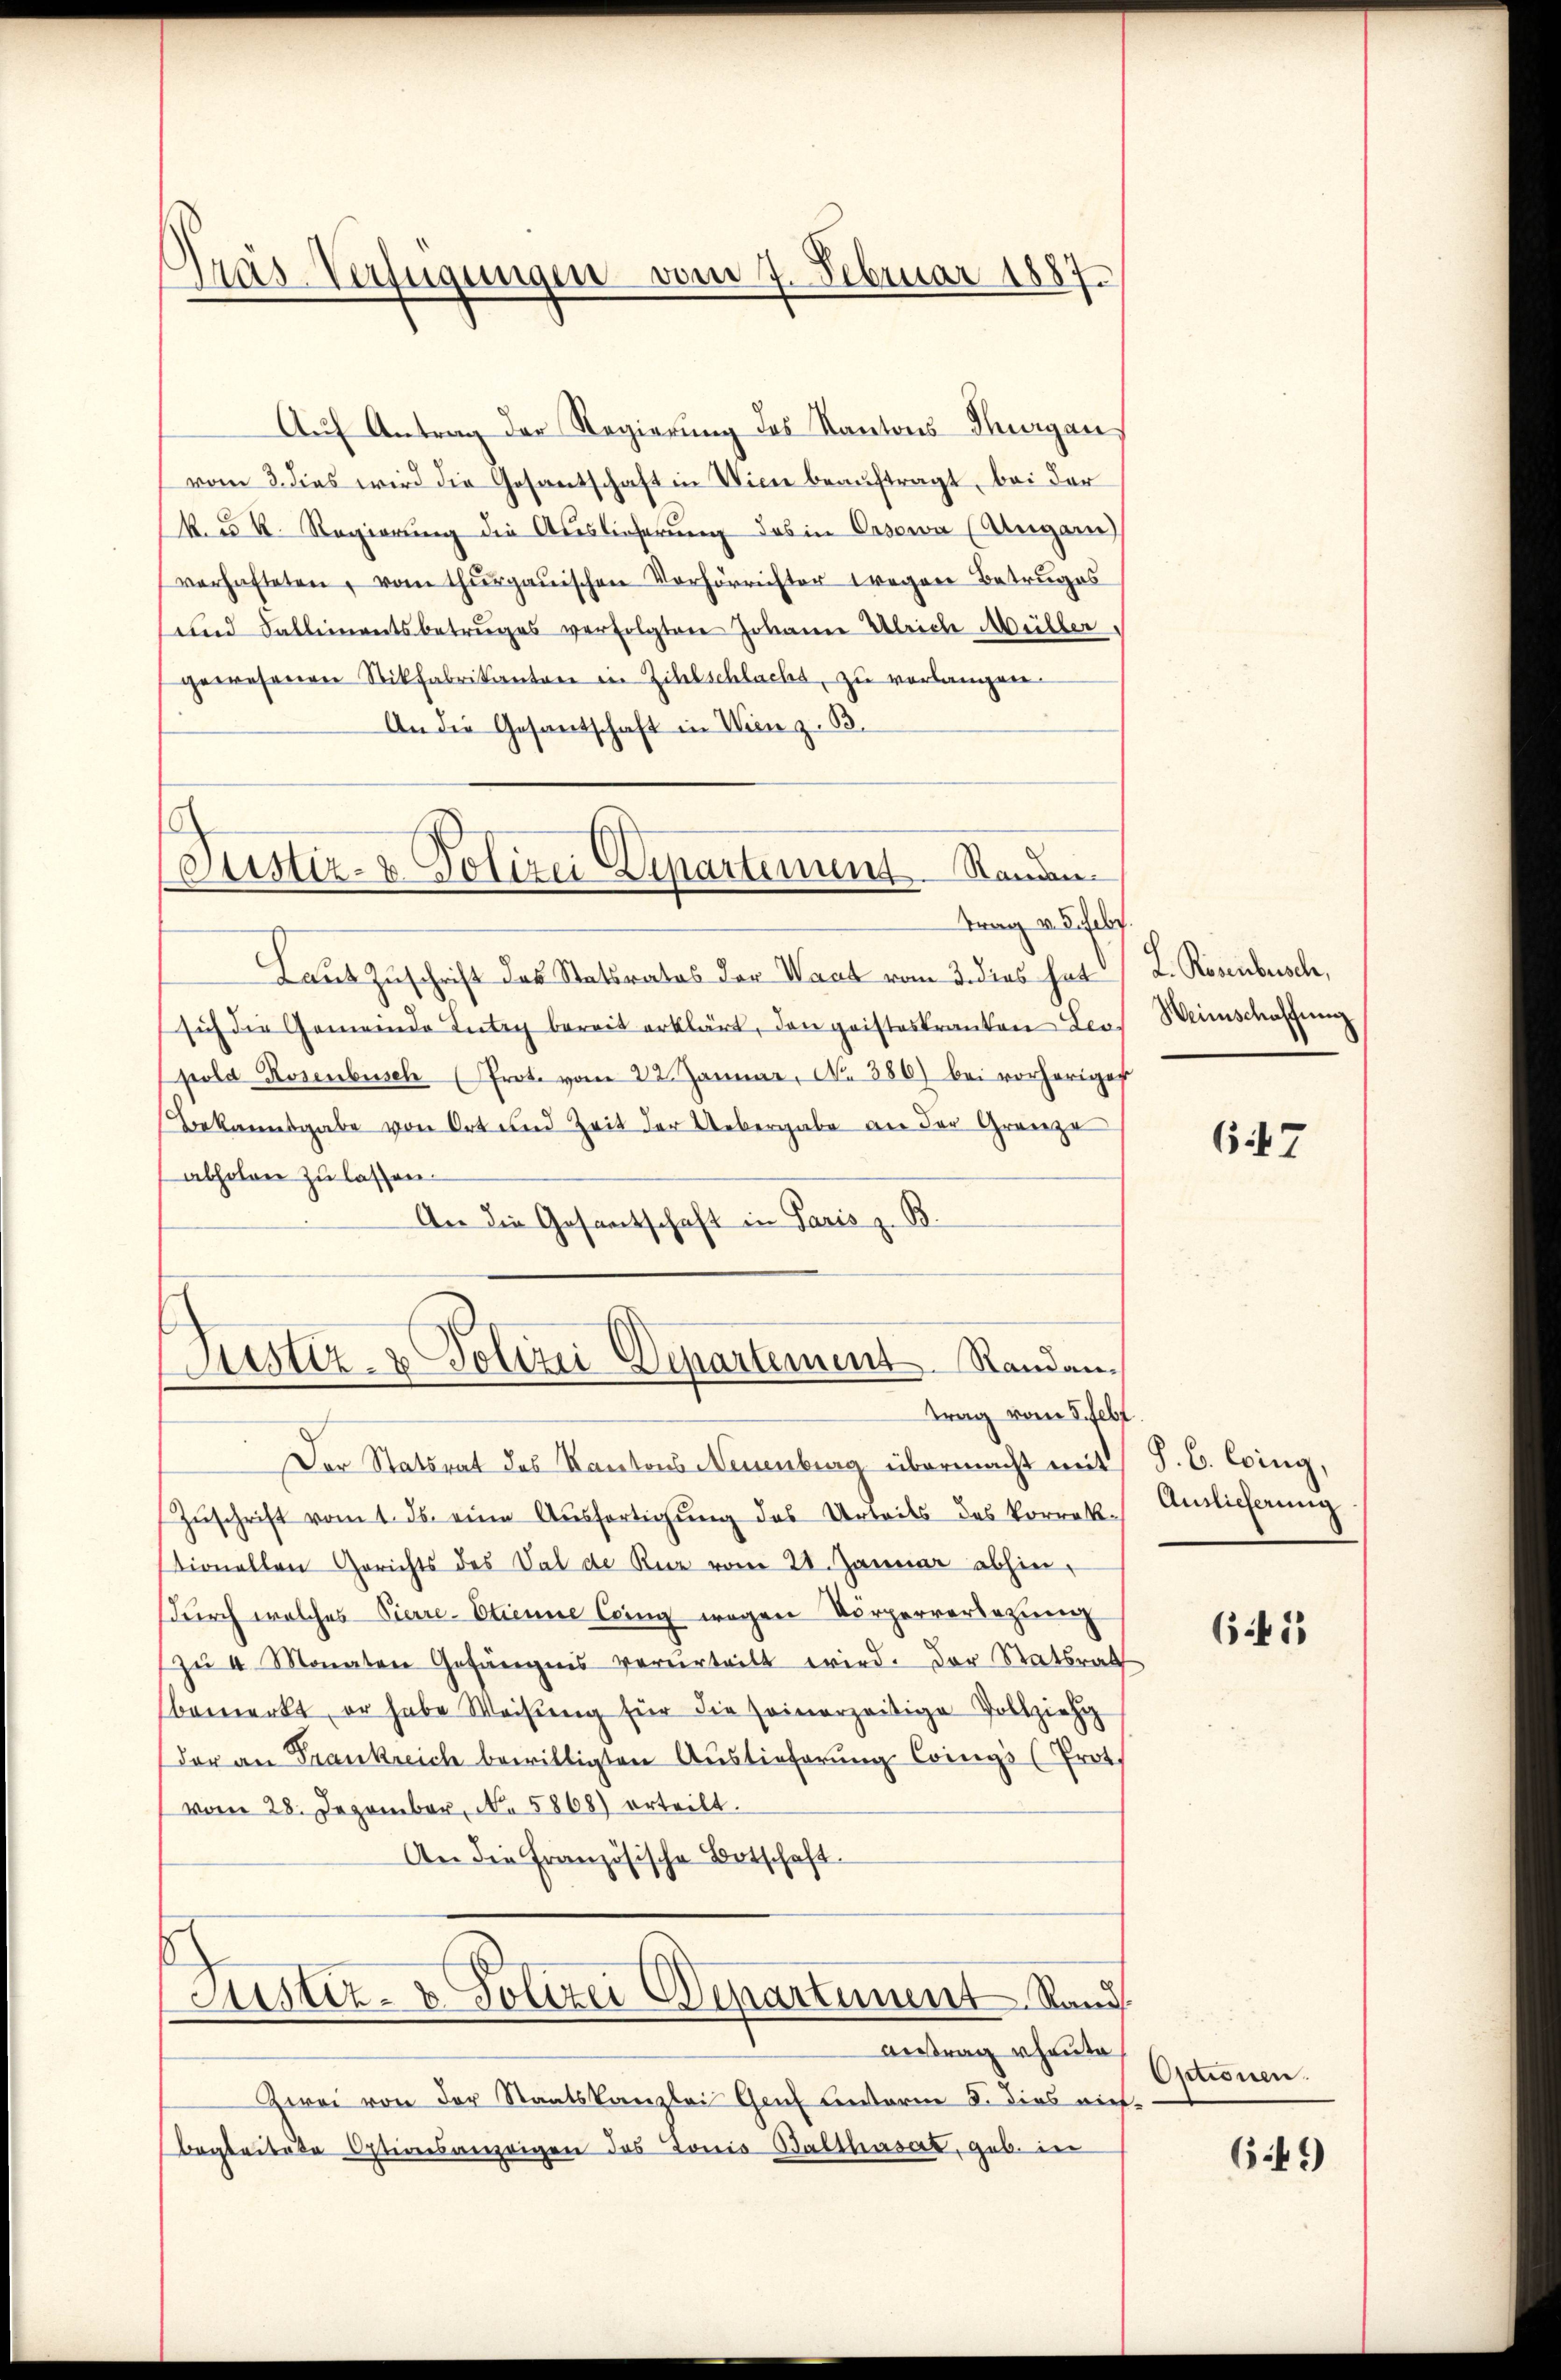
Präs-Verfügungen vom 7. Februar 1887

Auf Antrag der Regierung des Kantons Thurgau,
vom 3. dies wird die Gesantschaft in Wien beauftragt, bei der
kuk. Regierung die Auslieferung des in Cosowa (Augan
verhafteten, vom thurgauischen Verhörrichter wegen Betruges
und Fallimentsbetruges verfolgten Johann Ulrich Müller,
gewesenen Stikfabrikanton in Zihlschlachs, zu verlangen.
An die Gesandschaft in Wien z. B.

Justiz- & Polizei Departement Randen.
trag v. J. Febr.

Laut Zuschrift des Statsrates der Waat vom 3. dies hat
sich die Gemeinde Integ bereit erklärt, den geisteskranten Leopold Rosenbusch (Prote vom 22. Januar, No 386) bei vorheriger
Bekannsgabe von Ort und Zeit der Uebergabe an der Grenze
abholen zŭ lassen.
An die Gesantschaft in Paris z. B.

Justiz- & Polizei Departement. Randantrag vom 5. Febt

Der Statsrat des Kantons Neuenburg übermacht mit S. C. Coing,
Zŭschrift vom 1. ds. eine Aŭsfertigŭng des Urteils des korrek. Amtlicherung
tionellen Gerichts des Val de Reiz vom 28. Januar abhin
(durch welches Pierre-Etienne Coing wegen Körperversezung
zŭ 4 Monaten Gefängnis verurteilt wird. Der Statsrat
bemerkt, er habe Weisung für die seinerzeitige Vollzieh
(der an Frankreich bewilligten Auslieferung Coings (Prot.
vom 28. Dezember, No. 5868) erteilt.
An die Französische Botschaft.

Justiz- & Polizei Departement Stand.

Antrag rheute
Zwei von der Staatskanzlei Genf unterm 8. dies nichbegleitete Optionsanzeigen das Tonio Balthasart, geb. in

L. Rosenbusch,
Weinschaffung

647

641

Octionen.

6.49)